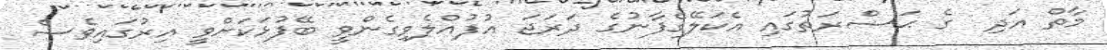
މާތް އަދި  ގެ ޙަޟްރަތުގައި އެކަލޭގެފާނުގެ ދަރަޖަ އުފުއްލެވިގެންވީ ބޭފުޅަކަށްވީ އިރުގައިވެސް